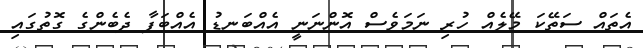
އެތައް ސަތޭކަ މޭލެއް ހުރި ނަމަވެސް އޮންނަނީ އެއްބަނޑު އެއްބަފާ ދެބެންގެ ގޮތުގައި